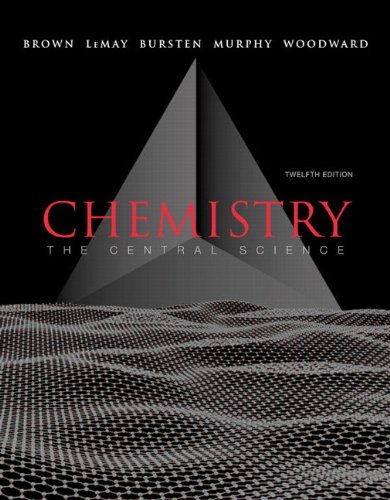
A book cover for Chemistry: The Central Science (12th Edition); Theodore E. Brown; Science & Math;